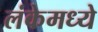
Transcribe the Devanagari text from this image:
लंकेमध्ये